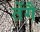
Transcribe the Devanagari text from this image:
तेंगै